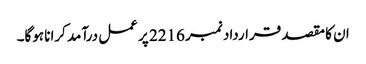
ان کا مقصد قرارداد نمبر 2216 پر عمل درآمد کرانا ہوگا۔